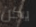
يكن